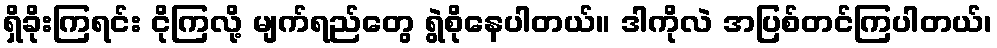
ရှိခိုးကြရင်း ငိုကြလို့ မျက်ရည်တွေ ရွဲစိုနေပါတယ်။ ဒါကိုလဲ အပြစ်တင်ကြပါတယ်၊